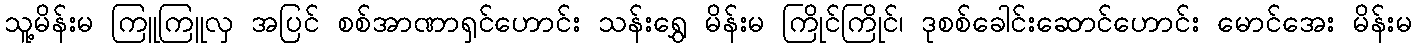
သူ့မိန်းမ ကြူကြူလှ အပြင် စစ်အာဏာရှင်ဟောင်း သန်းရွှေ မိန်းမ ကြိုင်ကြိုင်၊ ဒုစစ်ခေါင်းဆောင်ဟောင်း မောင်အေး မိန်းမ